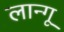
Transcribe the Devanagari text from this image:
लान्गू